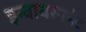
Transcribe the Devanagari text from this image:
इन्वायरनमेंट